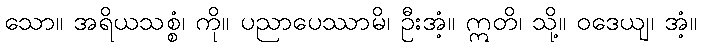
သော။ အရိယသစ္စံ၊ ကို။ ပညာပေဿာမိ၊ ဦးအံ့။ ဣတိ၊ သို့။ ဝဒေယျ၊ အံ့။